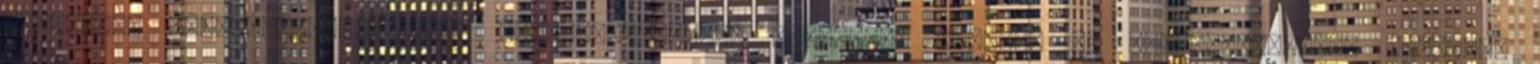
hozatala, összehangolása vagy összekapcsolása, zárolása, törlése és megsemmisítése, valamint